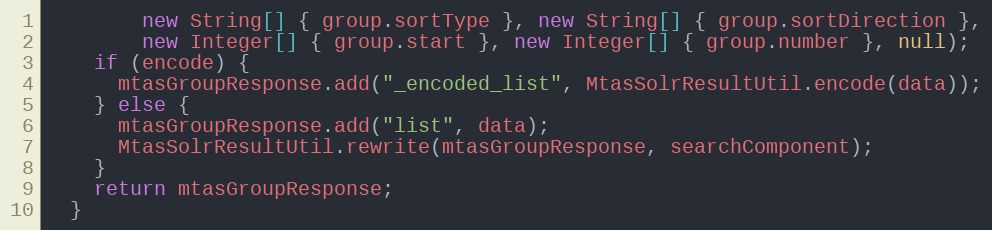
Language: Java
        new String[] { group.sortType }, new String[] { group.sortDirection },
        new Integer[] { group.start }, new Integer[] { group.number }, null);
    if (encode) {
      mtasGroupResponse.add("_encoded_list", MtasSolrResultUtil.encode(data));
    } else {
      mtasGroupResponse.add("list", data);
      MtasSolrResultUtil.rewrite(mtasGroupResponse, searchComponent);
    }
    return mtasGroupResponse;
  }